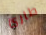
طارئ